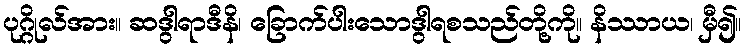
ပုဂ္ဂိုလ်အား။ ဆဒွါရာဒီနိ၊ ခြောက်ပါးသောဒွါရစသည်တို့ကို။ နိဿာယ၊ မှီ၍။